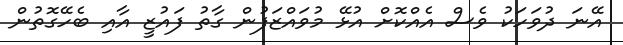
އޭނަ ދުވަހަކު ވެސް އެއްކޮށް އުޅޭ މުވައްޒަފުން ގާތު ފައުޒީ އާއި ބެހޭގޮތުން